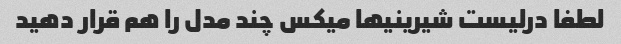
لطفا درلیست شیرینیها میکس چند مدل را هم قرار دهید